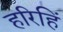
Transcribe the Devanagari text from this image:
हरिहिं